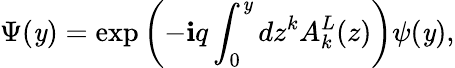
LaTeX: \Psi(\mathit{y})=\exp\left({-\mathbf{i}q\int_{0}^{\mathit{y}}{dz^{k}A_{k}^{L}(z)}}\right)\psi(\mathit{y}),